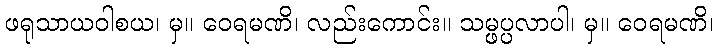
ဖရုသာယဝါစယ၊ မှ။ ဝေရမဏိ၊ လည်းကောင်း။ သမ္ဖပ္ပလာပါ၊ မှ။ ဝေရမဏိ၊